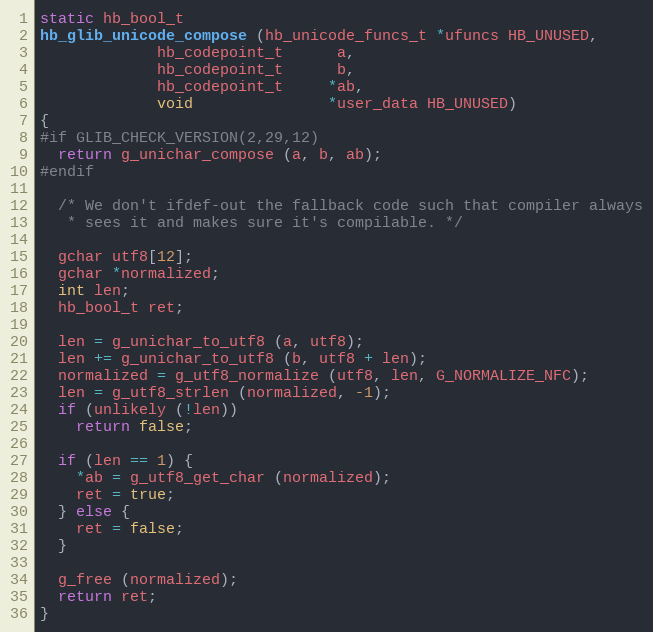
Language: C++
static hb_bool_t
hb_glib_unicode_compose (hb_unicode_funcs_t *ufuncs HB_UNUSED,
			 hb_codepoint_t      a,
			 hb_codepoint_t      b,
			 hb_codepoint_t     *ab,
			 void               *user_data HB_UNUSED)
{
#if GLIB_CHECK_VERSION(2,29,12)
  return g_unichar_compose (a, b, ab);
#endif

  /* We don't ifdef-out the fallback code such that compiler always
   * sees it and makes sure it's compilable. */

  gchar utf8[12];
  gchar *normalized;
  int len;
  hb_bool_t ret;

  len = g_unichar_to_utf8 (a, utf8);
  len += g_unichar_to_utf8 (b, utf8 + len);
  normalized = g_utf8_normalize (utf8, len, G_NORMALIZE_NFC);
  len = g_utf8_strlen (normalized, -1);
  if (unlikely (!len))
    return false;

  if (len == 1) {
    *ab = g_utf8_get_char (normalized);
    ret = true;
  } else {
    ret = false;
  }

  g_free (normalized);
  return ret;
}